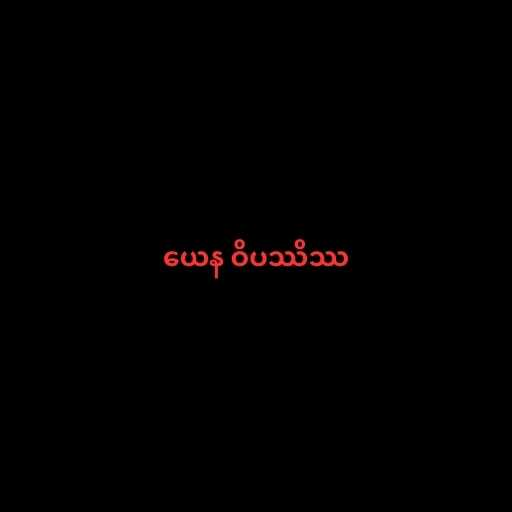
ယေန ဝိပဿိဿ